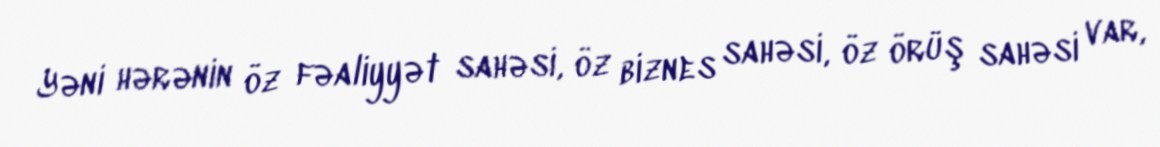
Yəni hərənin öz fəaliyyət sahəsi, öz biznes sahəsi, öz örüş sahəsi var,